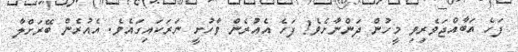
ފަހެ އަބާއްޖަވެރިވި މީހުން ދަންނާށެވެ! ފަހެ އެއުރެން ވާހުށީ ނަރަކައިގައެވެ. އެއުރެން ބޭރަށްލާ